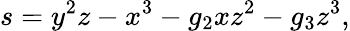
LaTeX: s=y^{2}z-x^{3}-g_{2}xz^{2}-g_{3}z^{3},